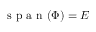
{ \textrm { s p a n } } ( \Phi ) = E